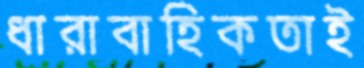
ধারাবাহিকতাই